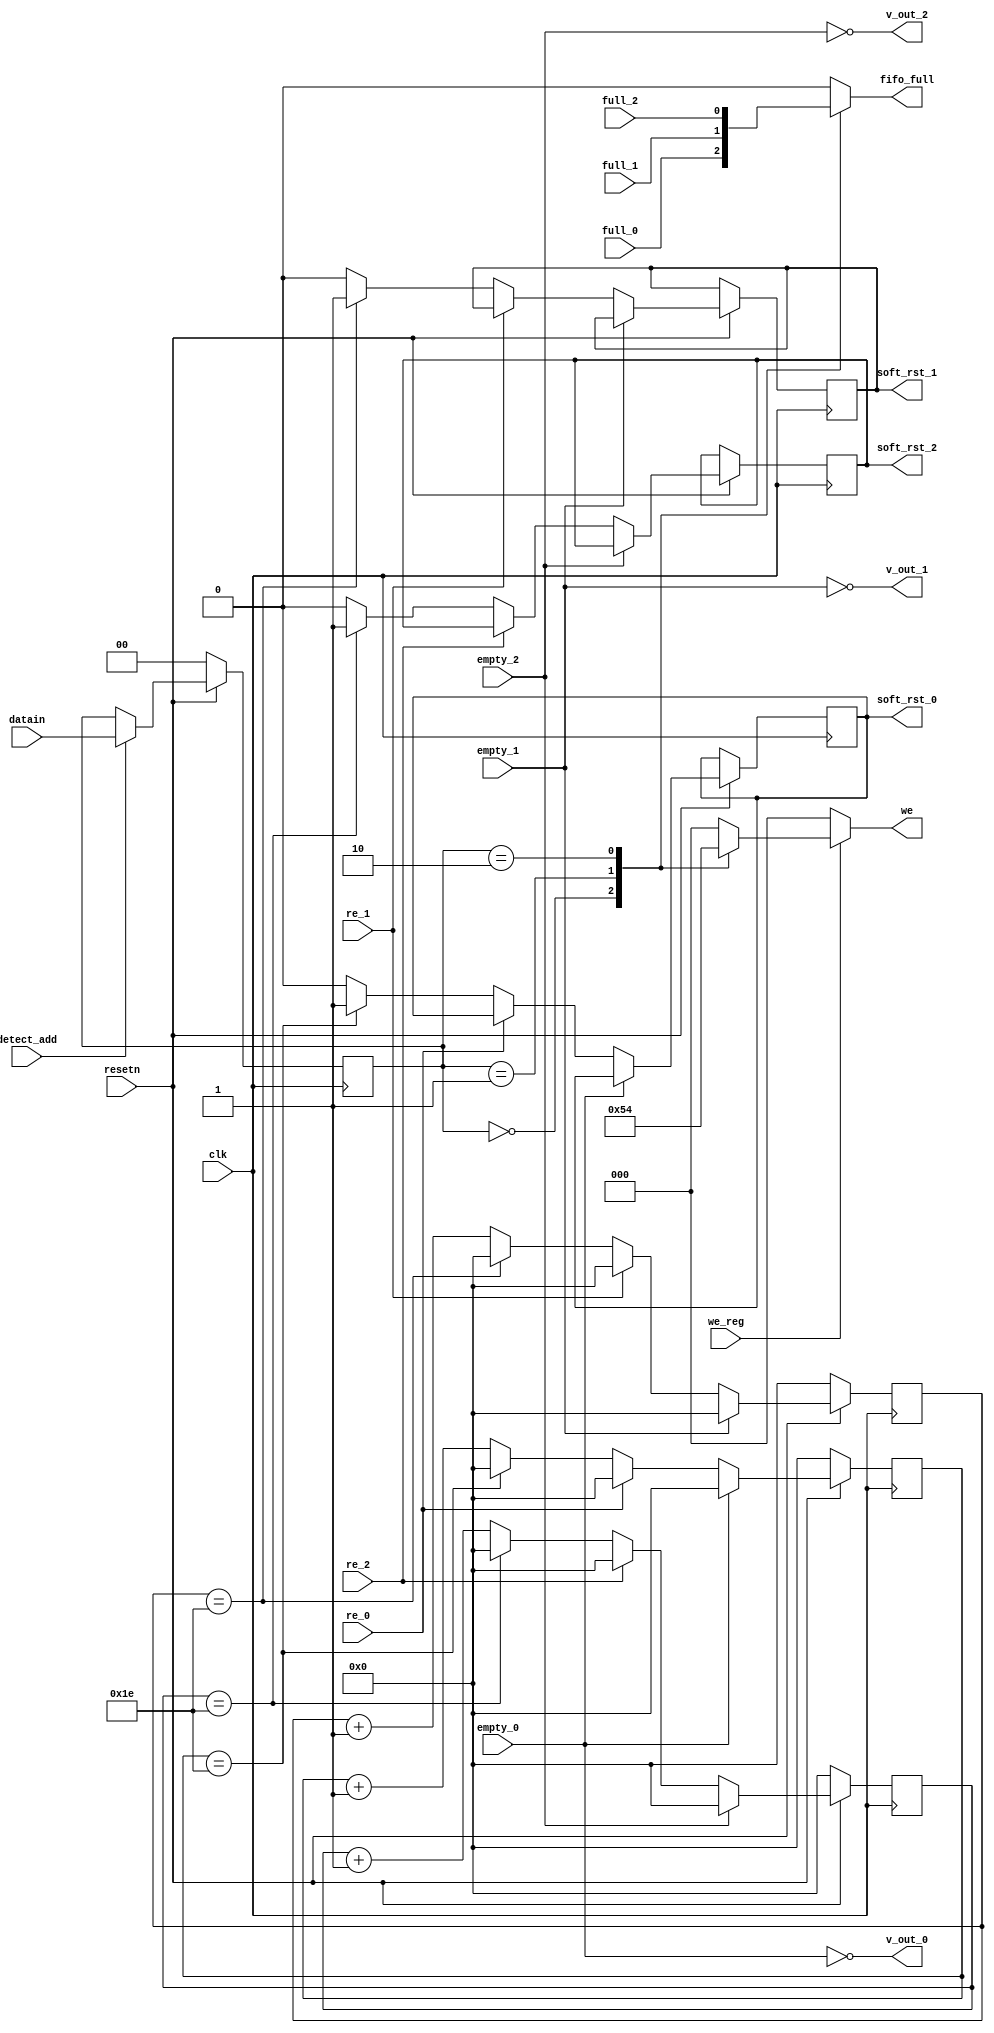
module router_sync(clk,resetn,detect_add,we_reg,re_0,re_1,
					re_2,empty_0,empty_1,empty_2,full_0,
					full_1,full_2,datain,
					v_out_0,v_out_1,v_out_2,we,fifo_full, 
					soft_rst_0,soft_rst_1,soft_rst_2);
					
input clk,resetn,detect_add,we_reg,re_0,re_1,re_2;
input empty_0,empty_1,empty_2,full_0,full_1,full_2;
input [1:0]datain;
output wire v_out_0,v_out_1,v_out_2;
output reg [2:0]we;
output reg fifo_full, soft_rst_0,soft_rst_1,soft_rst_2;

reg [1:0]temp;
reg [4:0]count0,count1,count2;

//sendataing datain to temp once address ditected
always@(posedge clk)
begin
	if(!resetn)
		temp <= 2'd0;
	else if(detect_add)
		temp<=datain;
	end

//write enable
always@(*)
begin 
	if(we_reg)
	begin
		case(temp)
			2'b00: we=3'b001;				
			2'b01: we=3'b010;
			2'b10: we=3'b100;
			default: we=3'b000;
		endcase
	end
	else
		we = 3'b000;		
end
	
//for fifo full
always@(*)
begin
	case(temp)
		2'b00: fifo_full=full_0;               
		2'b01: fifo_full=full_1;               
		2'b10: fifo_full=full_2;				
		default fifo_full=0;
	endcase
end

//valid out
assign v_out_0 = !empty_0;
assign v_out_1 = !empty_1;
assign v_out_2 = !empty_2;

//soft reset counter 
always@(posedge clk)
begin
	if(!resetn)
		count0<=5'b0;
	else if(!empty_0)
	begin
		if(!re_0)
		begin
			if(count0==5'b11110)	
			begin
				soft_rst_0<=1'b1;
				count0<=5'b0;
			end
			else
			begin
				count0<=count0+1'b1;
				soft_rst_0<=1'b0;
			end
		end
		else 
			count0<=5'd0;
	end
	else 
		count0<=5'd0;
end
	
always@(posedge clk)
begin
	if(!resetn)
		count1<=5'b0;
	else if(!empty_1)
	begin
		if(!re_1)
		begin
			if(count1==5'b11110)	
			begin
				soft_rst_1<=1'b1;
				count1<=5'b0;
			end
			else
			begin
				count1<=count1+1'b1;
				soft_rst_1<=1'b0;
			end
		end
		else 
			count1<=5'd0;
	end
	else 
		count1<=5'd0;
end
	
always@(posedge clk)
begin
	if(!resetn)
		count2<=5'b0;
	else if(!empty_2)
	begin
		if(!re_2)
		begin
			if(count2==5'b11110)	
			begin
				soft_rst_2<=1'b1;
				count2<=5'b0;
			end
			else
			begin
				count2<=count2+1'b1;
				soft_rst_2<=1'b0;
			end
		end
		else 
			count2<=5'd0;
	end
	else 
		count2<=5'd0;
end

endmodule